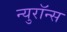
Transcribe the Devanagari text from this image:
न्युरॉन्स